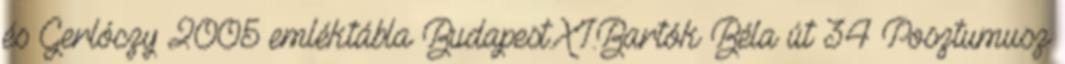
és Gerlóczy 2005 emléktábla Budapest.XI.Bartók Béla út 34 Posztumusz